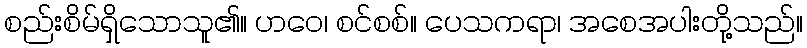
စည်းစိမ်ရှိသောသူ၏။ ဟဝေ၊ စင်စစ်။ ပေသကရာ၊ အစေအပါးတို့သည်။